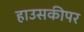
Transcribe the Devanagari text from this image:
हाउसकीपर